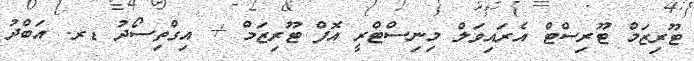
ޓޫރިޒަމް ޓޫރިސްޓް އެރައިވަލް މިނިސްޓްރީ އޮފް ޓޫރިޒަމް + އިގްތިސޯދު ޑރ. އަބްދު